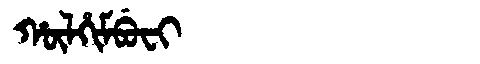
Manchu: ᡥᡡᠯᡥᡳᠮᠪᡠᠸᡳ
Romanization: HŪLHIMBUFI